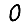
Digit: 0